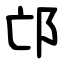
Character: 邙